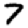
Digit: 7